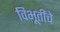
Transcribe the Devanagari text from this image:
विभूतींचे